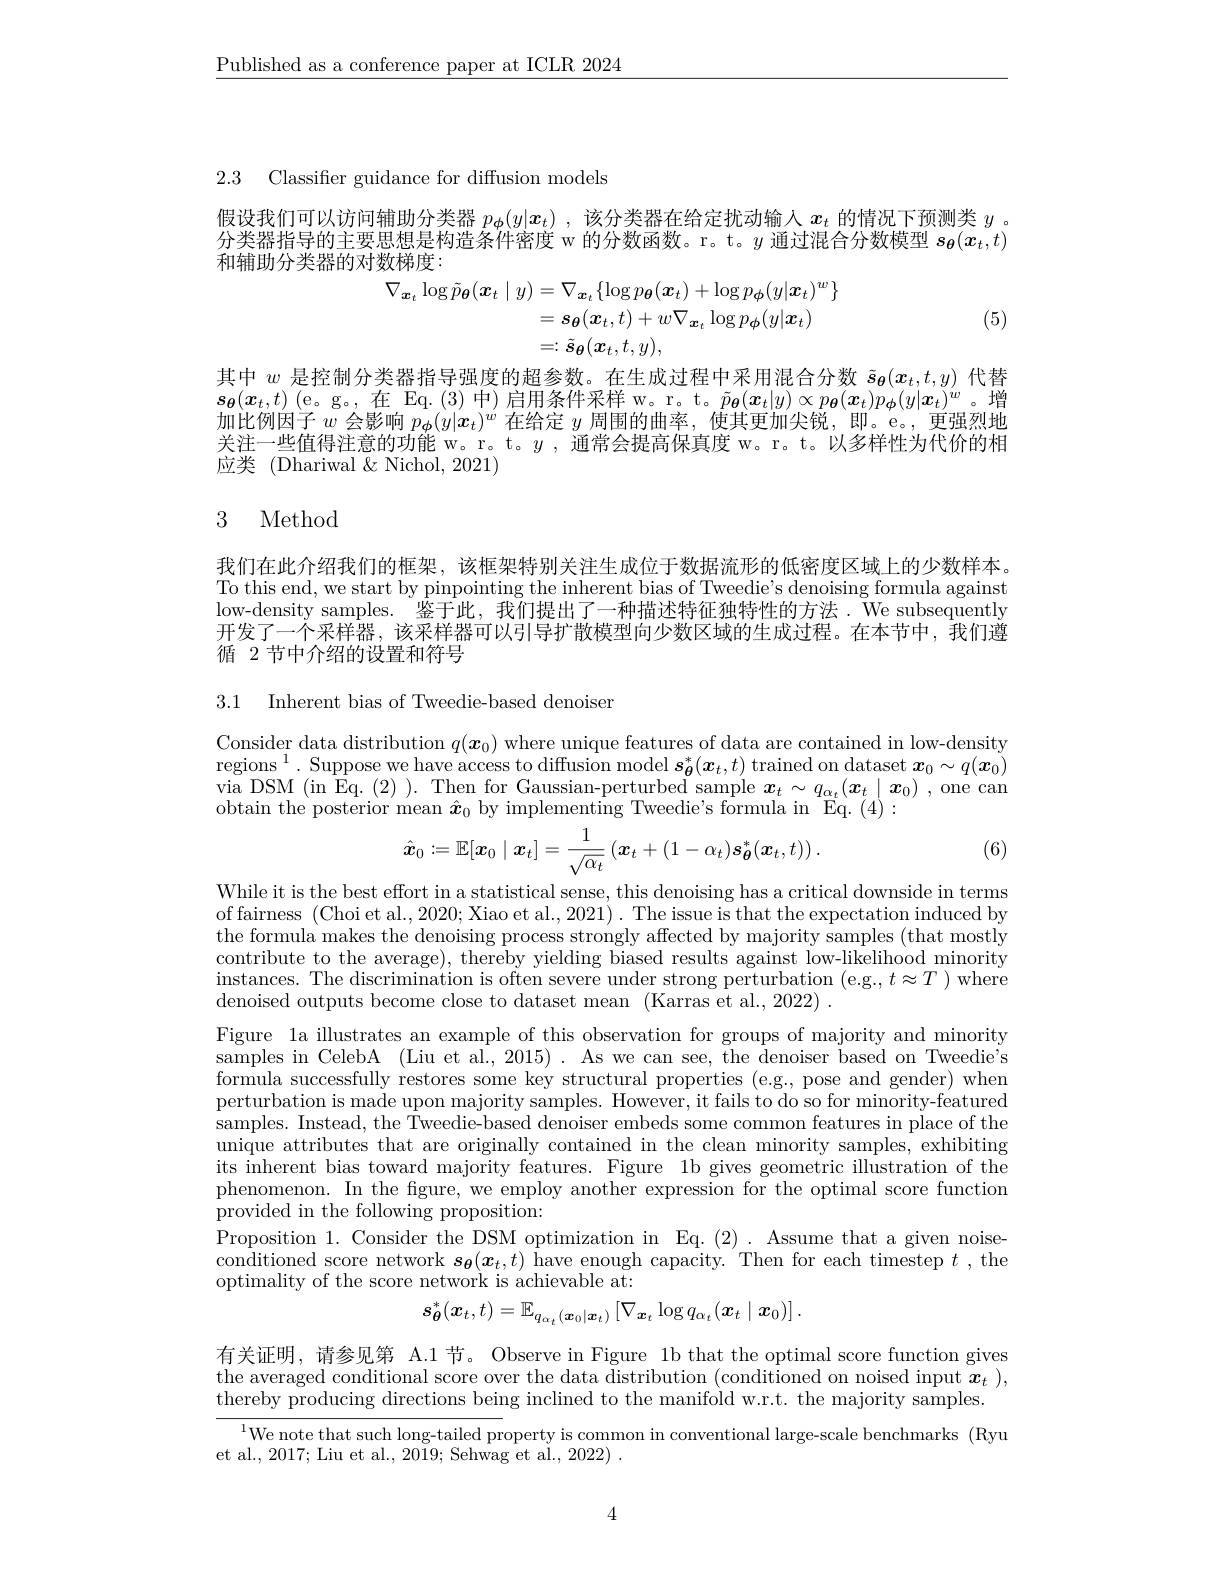
$\underline{\text{Published as a conference paper at ICLR 2024}}$

2.3 Classifer guidance for diffusion models

假设我们可以访问辅助分类器$p_{\boldsymbol{\phi}}(y|\boldsymbol{x}_t)$ ,该分类器在给定扰动输入$x_t$的情况下预测类$y$ 。分类器指导的主要思想是构造条件密度 w 的分数函数。r。t。$y$通过混合分数模型$s_{\boldsymbol{\theta}}(x_t,t)$ 和辅助分类器的对数梯度：
$$\begin{aligned}\nabla_{\boldsymbol{x}_{t}}\log\tilde{p}_{\boldsymbol{\theta}}(\boldsymbol{x}_{t}\mid y)&=\nabla_{\boldsymbol{x}_{t}}\{\log p_{\boldsymbol{\theta}}(\boldsymbol{x}_{t})+\log p_{\boldsymbol{\phi}}(y|\boldsymbol{x}_{t})^{w}\}\\&=s_{\boldsymbol{\theta}}(\boldsymbol{x}_{t},t)+w\nabla_{\boldsymbol{x}_{t}}\log p_{\boldsymbol{\phi}}(y|\boldsymbol{x}_{t})\\&=:\tilde{s}_{\boldsymbol{\theta}}(\boldsymbol{x}_{t},t,y),\end{aligned}$$
(5)

其中$w$是控制分类器指导强度的超参数。在生成过程中采用混合分数$\tilde{\boldsymbol{s}}_{\boldsymbol{\theta}}(x_t,t,y)$代替$\boldsymbol{s_{\theta}}(\boldsymbol{x_{t},t})$(e。g。,在 Eq.(3)中)启用条件采样 w。r。t。$\tilde{p_{\theta}}(\boldsymbol{x_{t}|y})\propto p_{\theta}(\boldsymbol{x_{t}})p_{\phi}(y|\boldsymbol{x_{t}})^{w}$。增加比例因子$w$会影响$p_{\boldsymbol{\phi}}(y|\boldsymbol{x}_t)^w$在给定$y$周围的曲率，使其更加尖锐，即。e。, 更强烈地关注一些值得注意的功能 w。r。t。$y$,通常会提高保真度 w。r。t。以多样性为代价的相应类 (Dhariwal $\&$ Nichol, 2021)

## 3 Method

我们在此介绍我们的框架，该框架特别关注生成位于数据流形的低密度区域上的少数样本。To this end, we start by pinpointing the inherent bias of Tweedie's denoising formula against low-density samples. 鉴于此，我们提出了一种描述特征独特性的方法. We subsequently 开发了一个采样器，该采样器可以引导扩散模型向少数区域的生成过程。在本节中，我们遵循 2节中介绍的设置和符号

3.1 Inherent bias of Tweedie-based denoiser

Consider data distribution $q(\boldsymbol{x}_0)$ where unique features of data are contained in low-density regions$^1.$Suppose we have access to diffusion model $\boldsymbol{s}_{\boldsymbol{\theta}}^*(\boldsymbol{x}_t,t)$ trained on dataset $\boldsymbol{x}_0\sim q(\boldsymbol{x}_0)$ via DSM (in Eq.(2)). Then for Gaussian-perturbed sample $\boldsymbol x_t\sim q_{\alpha_t}(\boldsymbol{x}_t\mid\boldsymbol{x}_0)$,one can obtain the posterior mean $\hat{x}_0$ by implementing Tweedie's formula in Eq.(4)

(6)
$$\hat{\boldsymbol{x}}_0:=\mathbb{E}[\boldsymbol{x}_0\mid\boldsymbol{x}_t]=\frac{1}{\sqrt{\alpha_t}}\left(\boldsymbol{x}_t+(1-\alpha_t)\boldsymbol{s}_{\boldsymbol{\theta}}^*(\boldsymbol{x}_t,t)\right).$$
While it is the best effort in a statistical sense, this denoising has a critical downside in terms of fairness (Choi et al., 2020; Xiao et al., 2021). The issue is that the expectation induced by the formula makes the denoising process strongly affected by majority samples (that mostly contribute to the average), thereby yielding biased results against low-likelihood minority $\begin{array}{c}\mathrm{instances.~The~discrimination~is~often~severe~under~strong~perturbation~(e.g.,t\approx T)~where}\\\mathrm{instances.~The~discrimination~is~often~severe~under~strong~perturbation~(e.g.,t\approx T)~where}\end{array}$ denoised outputs become close to dataset mean (Karras et al.,2022) .
Figure la illustrates an example of this observation for groups of majority and minority samples in CelebA (Liu et al., 2015) . As we can see, the denoiser based on Tweedie's formula successfully restores some key structural properties (e.g., pose and gender) when perturbation is made upon majority samples. However, it fails to do so for minority-featured samples. Instead, the Tweedie-based denoiser embeds some common features in place of the unique attributes that are originally contained in the clean minority samples, exhibiting its inherent bias toward majority features. Figure 1b gives geometric illustration of the phenomenon. In the figure, we employ another expression for the optimal score function provided in the following proposition:
Proposition 1. Consider the DSM optimization in Eq.(2). Assume that a given noiseconditioned score network $\boldsymbol{s}_\boldsymbol{\theta}(\boldsymbol{x}_t,t)$ have enough capacity. Then for each timestep $t$, the optimality of the score network is achievable at:
$$s_{\boldsymbol{\theta}}^{*}(\boldsymbol{x}_{t},t)=\mathbb{E}_{q_{\alpha_{t}}(\boldsymbol{x}_{0}|\boldsymbol{x}_{t})}\left[\nabla_{\boldsymbol{x}_{t}}\log q_{\alpha_{t}}(\boldsymbol{x}_{t}\mid\boldsymbol{x}_{0})\right].$$
有关证明，请参见第 A.1节。Observe in Figure 1b that the optimal score function gives the averaged conditional score over the data distribution (conditioned on noised input $\boldsymbol x_t$ ), thereby producing directions being inclined to the manifold w.r.t. the majority samples.

$^{1}$We note that such long-tailed property is common in conventional large-scale benchmarks (Ryu
et al., 2017; Liu et al., 2019; Sehwag et al., 2022) .

4